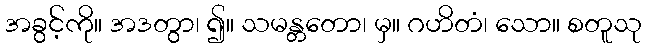
အခွင့်ကို။ အဒတွာ၊ ၍။ သမန္တတော၊ မှ။ ဂဟိတံ၊ သော။ စတူသု